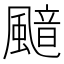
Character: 䬓